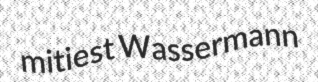
mitiest Wassermann